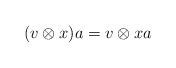
LaTeX: \begin{align*}(v \otimes x)a = v \otimes xa\end{align*}